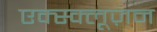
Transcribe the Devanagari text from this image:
एक्स्क्लूज़न